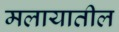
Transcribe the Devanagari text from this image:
मलायातील